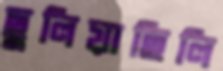
ছুলিয়াছিলি